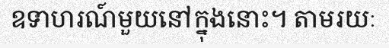
ឧទាហរណ៍មួយនៅក្នុងនោះ។ តាមរយៈ